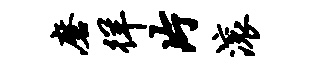
磨徉片滚